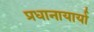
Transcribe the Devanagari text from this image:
प्रधानायार्या